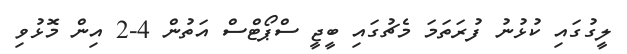
ލީގުގައި ކުޅުނު ފުރަތަމަ މެޗުގައި ބީޖީ ސްޕޯޓްސް އަތުން 4-2 އިން މޮޅުވި